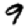
Digit: 9